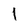
Character: l